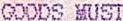
GOODS MUST